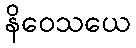
နိဝေသယေ